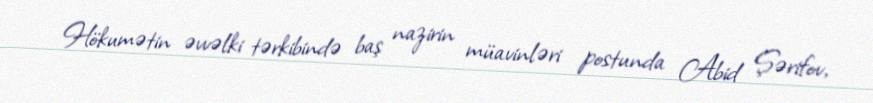
Hökumətin əvvəlki tərkibində baş nazirin müavinləri postunda Abid Şərifov,